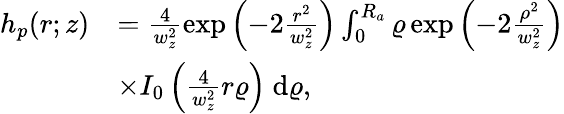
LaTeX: \begin{array}{rl}{h_{{p}}(r;z)}&{=\frac{4}{w_{z}^{2}}\exp\left({-2\frac{r^{2}}{w_{z}^{2}}}\right)\int_{0}^{R_{a}}\varrho\exp\left({-2\frac{\rho^{2}}{w_{z}^{2}}}\right)}\\ &{\times{I}_{0}\left(\frac{4}{w_{z}^{2}}r\varrho\right)\mathrm{~d}\varrho,}\end{array}